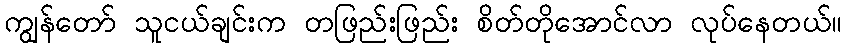
ကျွန်တော် သူငယ်ချင်းက တဖြည်းဖြည်း စိတ်တိုအောင်လာ လုပ်နေတယ်။